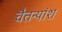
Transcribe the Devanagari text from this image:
चैतन्यांश